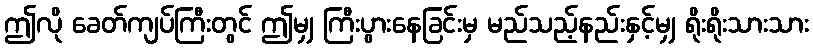
ဤလို ခေတ်ကျပ်ကြီးတွင် ဤမျှ ကြီးပွားနေခြင်းမှ မည်သည့်နည်းနှင့်မျှ ရိုးရိုးသားသား